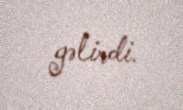
gəlirdi.